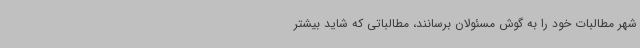
شهر مطالبات خود را به گوش مسئولان برسانند، مطالباتی که شاید بیشتر